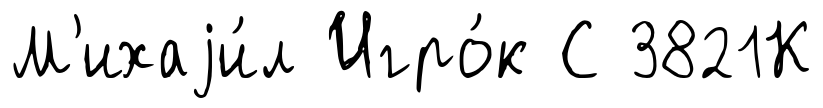
М'ихаjи́л Игро́к С 3821К